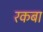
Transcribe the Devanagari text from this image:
रकबा